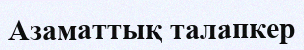
Азаматтық талапкер